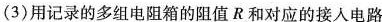
(3)用记录的多组电阻箱的阻值R和对应的接入电路